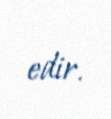
edir.